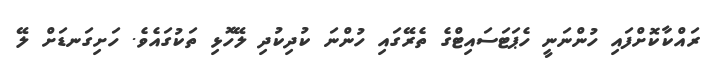
ރައްކާކޮށްފައި ހުންނަނީ ހެޕަޓަސައިޓްގެ ތެރޭގައި ހުންނަ ކުދިކުދި ލޭހޮޅި ތަކުގައެވެ. ހަށިގަނޑަށް ލޭ